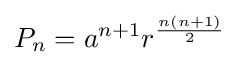
P_{n}=a^{n+1}r^{\frac {n(n+1)}{2}}